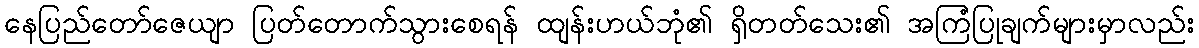
နေပြည်တော်ဇေယျာ ပြတ်တောက်သွားစေရန် ထျန်းဟယ်ဘုံ၏ ရှိတတ်သေး၏ အကြံပြုချက်များမှာလည်း